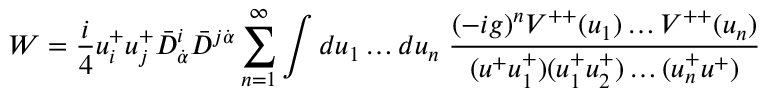
W = { \frac { i } { 4 } } u _ { i } ^ { + } u _ { j } ^ { + } \bar { D } _ { \dot { \alpha } } ^ { i } \bar { D } ^ { j \dot { \alpha } } \sum _ { n = 1 } ^ { \infty } \int d u _ { 1 } \ldots d u _ { n } \; { \frac { ( - i g ) ^ { n } V ^ { + + } ( u _ { 1 } ) \ldots V ^ { + + } ( u _ { n } ) } { ( u ^ { + } u _ { 1 } ^ { + } ) ( u _ { 1 } ^ { + } u _ { 2 } ^ { + } ) \ldots ( u _ { n } ^ { + } u ^ { + } ) } }